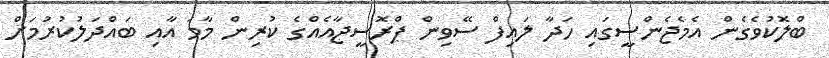
ބްލޮކުވެގެން އެމެޖެންސީގައި ހަދާ ލައިފް ސޭވިން ޕްރޮސީޖާއެއްގެ ކުރިން މާމަ އާއި ބައްދަލުކުރުމަށް